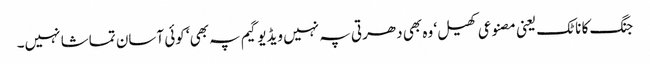
جنگ کا ناٹک یعنی مصنوعی کھیل‘ وہ بھی دھرتی پہ نہیں ویڈیو گیم پہ بھی‘ کوئی آسان تماشا نہیں۔